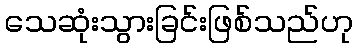
သေဆုံးသွားခြင်းဖြစ်သည်ဟု